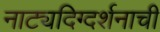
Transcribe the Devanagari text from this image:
नाट्यदिग्दर्शनाची